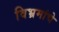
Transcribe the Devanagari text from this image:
विभ्रमांचे